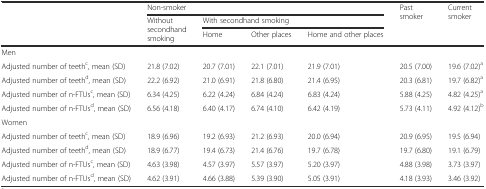
<table><thead><tr><td rowspan="3"></td><td colspan="4"><b>Non-smoker</b></td><td rowspan="3"><b>Past smoker</b></td><td rowspan="3"><b>Current smoker</b></td></tr><tr><td rowspan="2"><b>Without secondhand smoking</b></td><td colspan="3"><b>With secondhand smoking</b></td></tr><tr><td><b>Home</b></td><td><b>Other places</b></td><td><b>Home and other places</b></td></tr></thead><tbody><tr><td>Men</td><td></td><td></td><td></td><td></td><td></td><td></td></tr><tr><td>Adjusted number of teeth<sup>c</sup>, mean (SD)</td><td>21.8 (7.02)</td><td>20.7 (7.01)</td><td>22.1 (7.01)</td><td>21.9 (7.01)</td><td>20.5 (7.00)</td><td>19.6 (7.02)<sup>a</sup></td></tr><tr><td>Adjusted number of teeth<sup>d</sup>, mean (SD)</td><td>22.2 (6.92)</td><td>21.0 (6.91)</td><td>21.8 (6.80)</td><td>21.4 (6.95)</td><td>20.3 (6.81)</td><td>19.7 (6.82)<sup>a</sup></td></tr><tr><td>Adjusted number of n-FTUs<sup>c</sup>, mean (SD)</td><td>6.34 (4.25)</td><td>6.22 (4.24)</td><td>6.84 (4.24)</td><td>6.83 (4.24)</td><td>5.88 (4.25)</td><td>4.82 (4.25)<sup>a</sup></td></tr><tr><td>Adjusted number of n-FTUs<sup>d</sup>, mean (SD)</td><td>6.56 (4.18)</td><td>6.40 (4.17)</td><td>6.74 (4.10)</td><td>6.42 (4.19)</td><td>5.73 (4.11)</td><td>4.92 (4.12)<sup>b</sup></td></tr><tr><td>Women</td><td></td><td></td><td></td><td></td><td></td><td></td></tr><tr><td>Adjusted number of teeth<sup>c</sup>, mean (SD)</td><td>18.9 (6.96)</td><td>19.2 (6.93)</td><td>21.2 (6.93)</td><td>20.0 (6.94)</td><td>20.9 (6.95)</td><td>19.5 (6.94)</td></tr><tr><td>Adjusted number of teeth<sup>d</sup>, mean (SD)</td><td>18.9 (6.77)</td><td>19.4 (6.73)</td><td>21.4 (6.76)</td><td>19.7 (6.78)</td><td>19.7 (6.80)</td><td>19.1 (6.79)</td></tr><tr><td>Adjusted number of n-FTUs<sup>c</sup>, mean (SD)</td><td>4.63 (3.98)</td><td>4.57 (3.97)</td><td>5.57 (3.97)</td><td>5.20 (3.97)</td><td>4.88 (3.98)</td><td>3.73 (3.97)</td></tr><tr><td>Adjusted number of n-FTUs<sup>d</sup>, mean (SD)</td><td>4.62 (3.91)</td><td>4.66 (3.88)</td><td>5.39 (3.90)</td><td>5.05 (3.91)</td><td>4.18 (3.93)</td><td>3.46 (3.92)</td></tr></tbody></table>